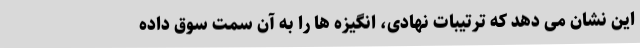
این نشان می دهد که ترتیبات نهادی، انگیزه ها را به آن سمت سوق داده